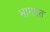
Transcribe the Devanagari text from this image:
भागाात